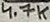
Text: 4.7K